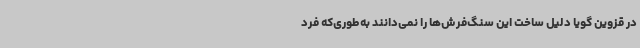
در قزوین گویا دلیل ساخت این سنگ‌فرش‌ها را نمی‌دانند به‌طوری‌که فرد